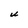
Character: U